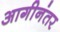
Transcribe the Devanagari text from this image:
आगीनंतर